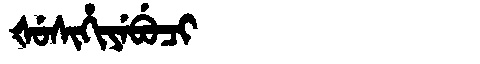
Manchu: ᡧᡠᠰᡳᡥᡳᠶᡝᠪᡠᠴᡳ
Romanization: ŠUSIHIYEBUCI